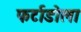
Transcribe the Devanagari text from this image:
फर्टाडोला